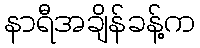
နာရီအချိန်ခန့်က